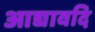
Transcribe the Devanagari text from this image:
आद्यावदि